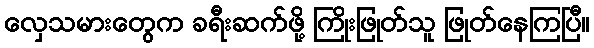
လှေသမားတွေက ခရီးဆက်ဖို့ ကြိုးဖြုတ်သူ ဖြုတ်နေကြပြီ။